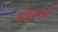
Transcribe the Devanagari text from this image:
ओरचार्ट